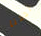
تجدنا